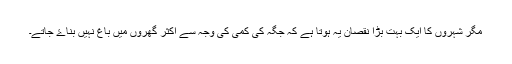
مگر شہروں کا ایک بہت بڑا نقصان یہ ہوتا ہے کہ جگہ کی کمی کی وجہ سے اکثر گھروں میں باغ نہیں بناۓ جاتے۔